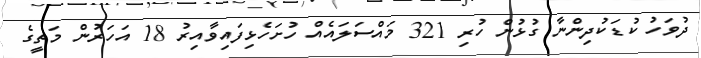
ދުވަހު ކުޑަކުދިންނާ ގުޅުން ހުރި 321 މައްސަލައެއް ހުށަހެޅިފައިވާއިރު 18 އަހަރުން މަތީގެ